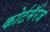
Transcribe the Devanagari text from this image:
कोर्टमॅरेज